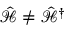
\hat { \mathcal { H } } \neq \hat { \mathcal { H } } ^ { \dagger }